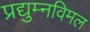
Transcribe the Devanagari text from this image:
प्रद्युम्नविमल